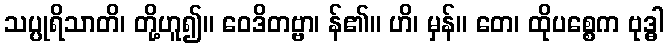
သပ္ပုရိသာတိ၊ တို့ဟူ၍။ ဝေဒိတဗ္ဗာ၊ န်၏။ ဟိ၊ မှန်။ တေ၊ ထိုပစ္စေက ဗုဒ္ဓါ